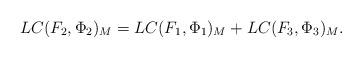
LaTeX: \begin{align*}LC(F_2,\Phi_2)_M=LC(F_1,\Phi_1)_M +LC(F_3,\Phi_3)_M.\end{align*}